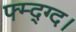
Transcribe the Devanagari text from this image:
फ्म्द्ग्द।